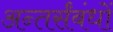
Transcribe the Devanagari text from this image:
अन्तर्संबंधों